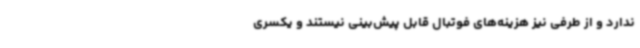
ندارد و از طرفی نیز هزینه‌های فوتبال قابل پیش‌بینی نیستند و یکسری